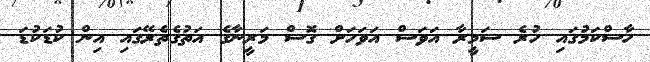
ހާސްކަމުގައި ހުރެ ސަމީރާ އަވަސް އަވަހަށް ގޮސް މަރީނާގެ އަތުގެތެރޭގައި އިން ކުޑަކުޑަ